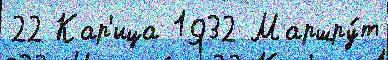
22 Кар'ица 1932 Маршру́т